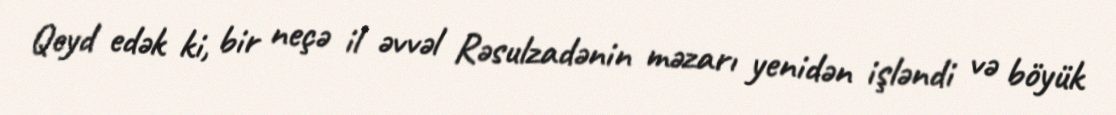
Qeyd edək ki, bir neçə il əvvəl Rəsulzadənin məzarı yenidən işləndi və böyük